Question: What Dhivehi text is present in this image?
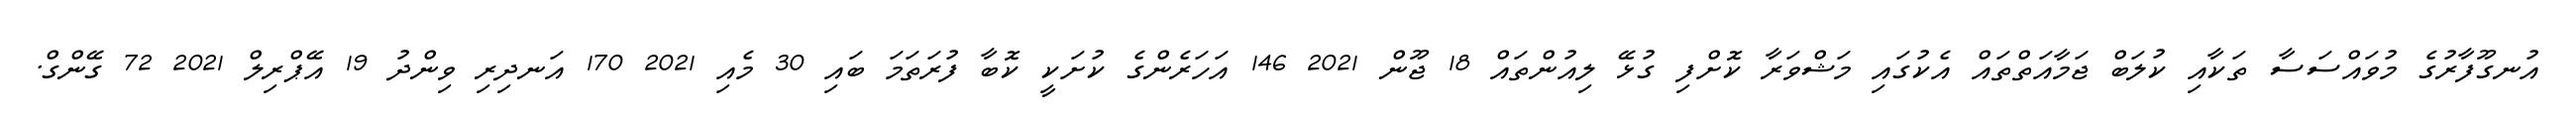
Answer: އުނގޫފާރުގެ މުވައްސަސާ ތަކާއި ކުލަބް ޖަމާއަތްތައް އެކުގައި މަޝްވަރާ ކޮށްފި ގުޅޭ ލިއުންތައް 18 ޖޫން 2021 146 އަހަރެންގެ ކުށަކީ ކޮބާ ފުރަތަމަ ބައި 30 މެއި 2021 170 އަނދިރި ވިންދު 19 އޭޕްރިލް 2021 72 ގޭންގް.